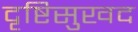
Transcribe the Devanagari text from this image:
दृष्टिसुखद